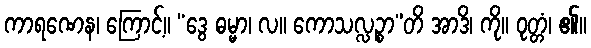
ကာရဏေန၊ ကြောင့်။ “ဒွေ ဓမ္မာ၊ လ။ ကောသလ္လဉ္စာ”တိ အာဒိ၊ ကို။ ဝုတ္တံ၊ ၏။